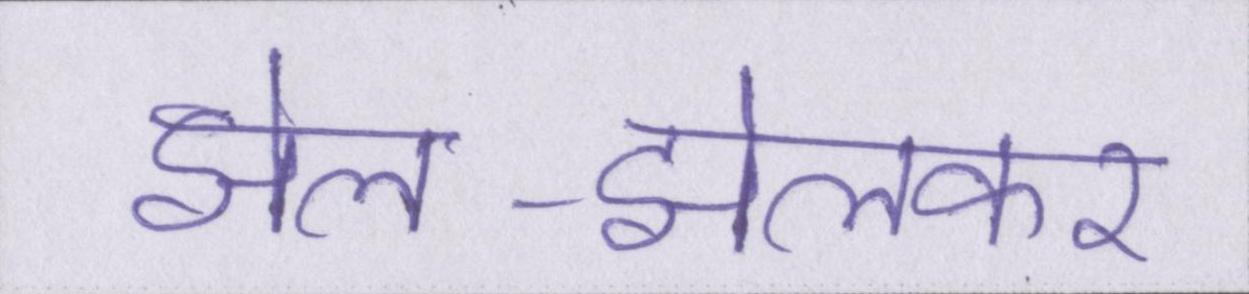
झेल-झेलकर